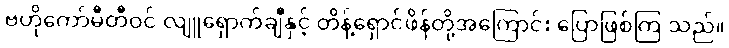
ဗဟိုကော်မီတီဝင် လျူရှောက်ချီနှင့် တိန့်ရှောင်ဖိန်တို့အကြောင်း ပြောဖြစ်ကြ သည်။